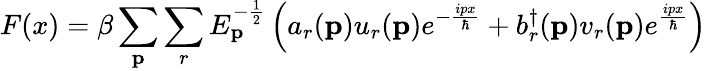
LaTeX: F(x)=\beta\sum_{\mathbf{p}}\sum_{r}E_{\mathbf{p}}^{-{\frac{1}{2}}}\left(a_{r}(\mathbf{p})u_{r}(\mathbf{p})e^{-{\frac{ipx}{\hbar}}}+b_{r}^{\dagger}(\mathbf{p})v_{r}(\mathbf{p})e^{\frac{ipx}{\hbar}}\right)